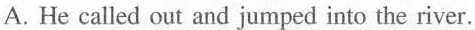
A. He called out and jumped into the river.